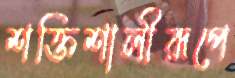
শক্তিশালীরূপে